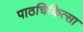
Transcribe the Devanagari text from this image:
पाठचिकित्सा